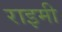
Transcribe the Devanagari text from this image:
राइमी